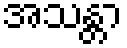
အသန္တာ